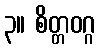
၃။ စိတ္တဝဂ္ဂ